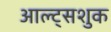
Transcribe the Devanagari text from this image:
आल्ट्सशुक